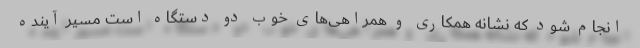
انجام شود که نشانه همکاری و همراهی‌های خوب دو دستگاه است مسیر آینده